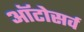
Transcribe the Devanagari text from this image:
ऑटोसर्व